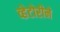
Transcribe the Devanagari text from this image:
व्हेटोरीने